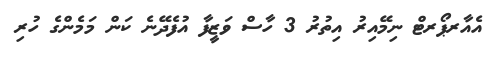
އެއާރޕޯރޓް ނިމޭއިރު އިތުރު 3 ހާސް ވަޒީފާ އުފެދޭނެ ކަން މަމެންގެ ހުރި